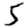
Digit: 5